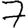
Digit: 7